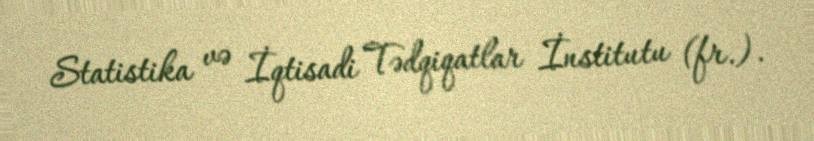
Statistika və İqtisadi Tədqiqatlar İnstitutu (fr.).